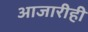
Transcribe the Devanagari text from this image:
आजारीही